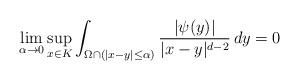
LaTeX: \begin{align*}\lim\limits_{\alpha\to 0}\sup_{x\in K}\int_{\Omega\cap(|x-y|\leq\alpha)}\frac{|\psi(y)|}{|x-y|^{d-2}}\,dy=0\end{align*}